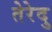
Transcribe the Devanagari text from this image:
तेरेदु